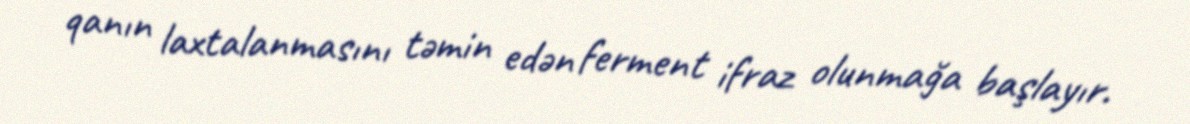
qanın laxtalanmasını təmin edən ferment ifraz olunmağa başlayır.